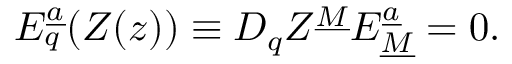
{ E } _ { q } ^ { \underline { { a } } } ( Z ( z ) ) \equiv D _ { q } Z ^ { \underline { { M } } } E _ { \underline { { M } } } ^ { \underline { { a } } } = 0 .